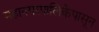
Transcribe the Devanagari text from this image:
महानगरपालिकेपासून